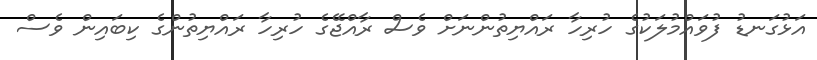
އަޅުގަނޑު ފުވައްމުލަކުގެ ހުރިހާ ރައްޔިތުންނަށް ވެސް ރާއްޖޭގެ ހުރިހާ ރައްޔިތުންގެ ކިބައިން ވެސް